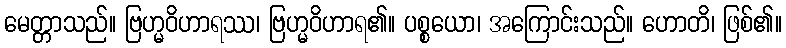
မေတ္တာသည်။ ဗြဟ္မဝိဟာရဿ၊ ဗြဟ္မဝိဟာရ၏။ ပစ္စယော၊ အကြောင်းသည်။ ဟောတိ၊ ဖြစ်၏။